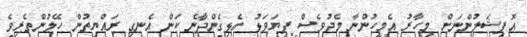
އޮފިޝަލުންނަށް މިހާރު އެމީހުންނާ މެދުވެސް ފިޔަވަޅު އެޅިގެންދާނެ ކަން އެނގި ރައްޔިތުން ހޭލުންތެރިވެ